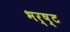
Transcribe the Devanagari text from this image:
भर्ष्ट